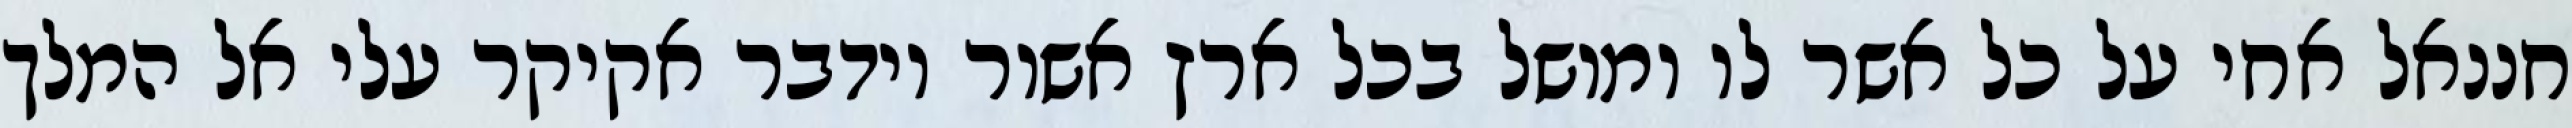
חננאל אחי על כל אשר לו ומושל בכל ארץ אשור וידבר אקיקר עלי אל המלך